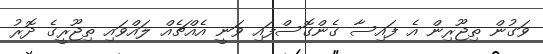
ވަގުން ތިޖޫރިން އެ ފައިސާ ގެންގޮސްފައި ވަނީ އެއްޗެއް ލައްވައި ތިޖޫރީގެ ދޮރު